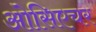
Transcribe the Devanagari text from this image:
ओसिएचर